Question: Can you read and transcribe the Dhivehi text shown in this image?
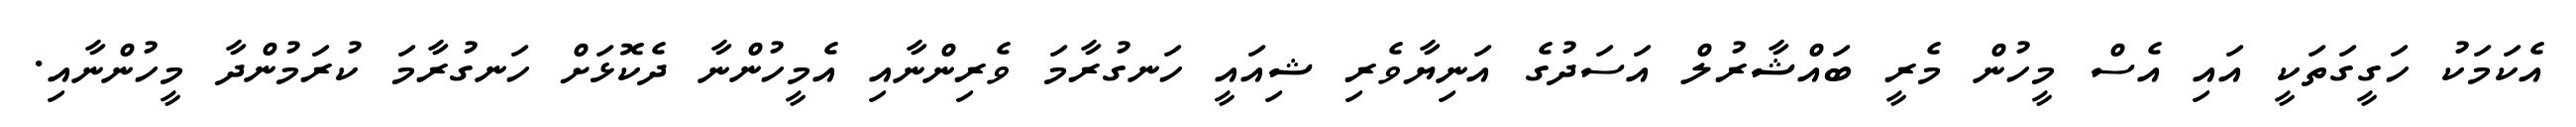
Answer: އެކަމަކު ހަގީގަތަކީ އައި އެސް މީހުން މެރީ ބައްޝާރުލް އަސަދުގެ އަނިޔާވެރި ޝިއައީ ހަނގުރާމަ ވެރިންނާއި އެމީހުންނާ ދެކޮޅަށް ހަނގުރާމަ ކުރަމުންދާ މީހުންނާއި.